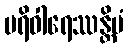
ပရိဝါရေဿန္တိမံ